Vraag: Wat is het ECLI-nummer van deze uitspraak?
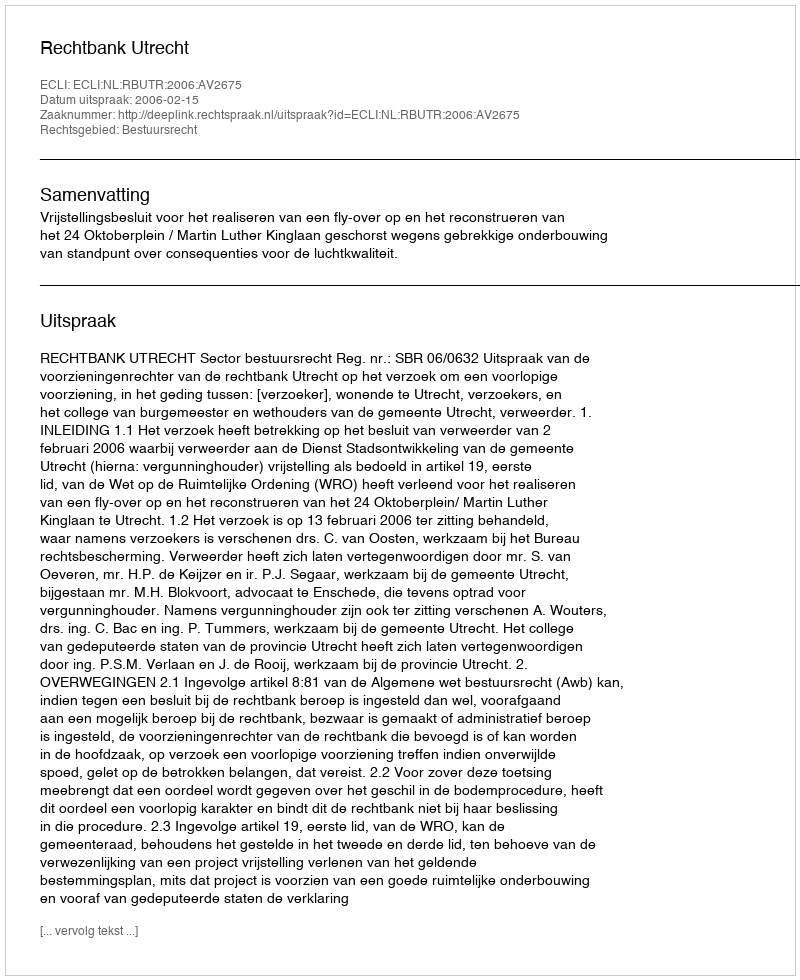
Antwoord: ECLI:NL:RBUTR:2006:AV2675